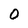
Character: 0